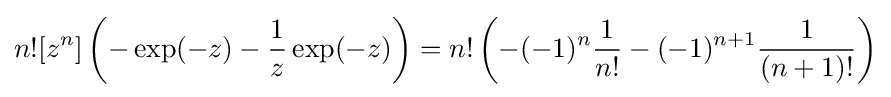
n![z^{n}]\left(-\exp(-z)-{\frac {1}{z}}\exp(-z)\right)=n!\left(-(-1)^{n}{\frac {1}{n!}}-(-1)^{n+1}{\frac {1}{(n+1)!}}\right)